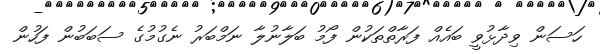
ހަސަން ވިދާޅުވީ ބައެއް ފަރާތްތަކުން ފޯމު ބަލާނުލާ ނަމްބަރު ނެގުމުގެ ސަބަބުން ފަހުން